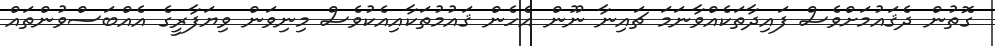
ގޮތުން ދެޤައުމަށްވެސް ފައިދާތަަކެއްވާނަމަ ޗައިނާ ނޫން އެހެން ޤައުމުތަކާއިއެކުވެސް މިނިވަން ވިޔަފާރީގެ އެއްބަސްވުންތައް